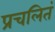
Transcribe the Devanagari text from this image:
प्रचलितं